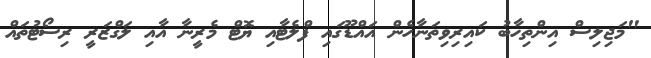
"މަޖިލިސް އިންތިހާބު ކައިރިވިތަނާހެން އައްޑޫގައި ފްލެޓާއި ޔޮޓް މެރީނާ އާއި ލަގްޒަރީ ރިސޯޓުތައް